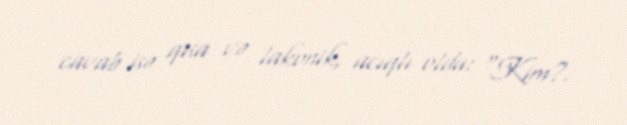
cavab isə qısa və lakonik, acıqlı oldu: “Kim?.